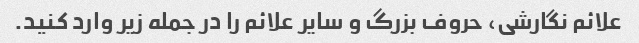
علائم نگارشی، حروف بزرگ و سایر علائم را در جمله زیر وارد کنید.